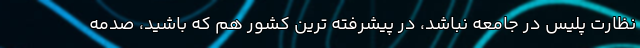
نظارت پلیس در جامعه نباشد، در پیشرفته ترین کشور هم که باشید، صدمه